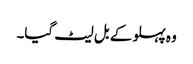
وہ پہلو کے بل لیٹ گیا۔